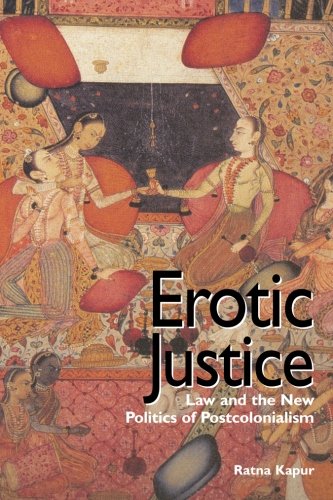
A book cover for Erotic Justice: Law and the New Politics of Postcolonialism; Ratna Kapur; Law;